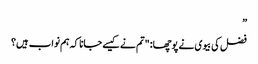
”
فضل کی بیوی نے پوچھا: "تم نے کیسے جانا کہ ہم نواب ہیں؟